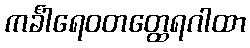
ကင်္ခါရေဝတတ္ထေရဂါထာ